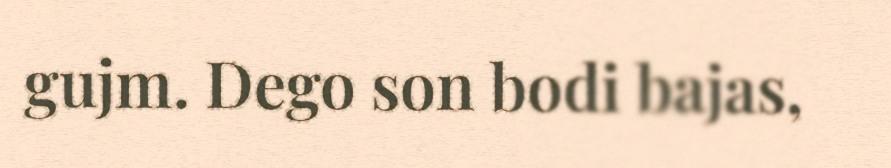
gujm. Dego son bodi bajas,